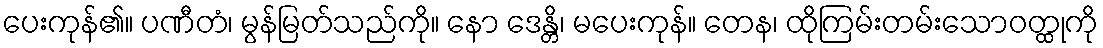
ပေးကုန်၏။ ပဏီတံ၊ မွန်မြတ်သည်ကို။ နော ဒေန္တိ၊ မပေးကုန်။ တေန၊ ထိုကြမ်းတမ်းသောဝတ္ထုကို